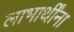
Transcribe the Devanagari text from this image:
लाभार्थींना